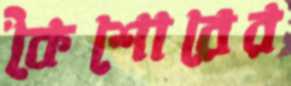
কৈশোরের